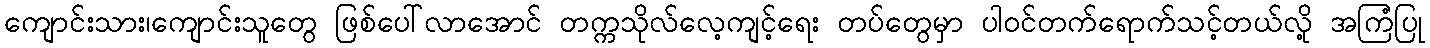
ကျောင်းသား၊ကျောင်းသူတွေ ဖြစ်ပေါ်လာအောင် တက္ကသိုလ်လေ့ကျင့်ရေး တပ်တွေမှာ ပါဝင်တက်ရောက်သင့်တယ်လို့ အကြံပြု